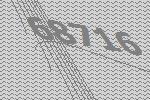
68716